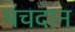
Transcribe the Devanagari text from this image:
पंचदान